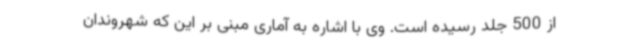
از 500 جلد رسیده است. وی با اشاره به آماری مبنی بر این که شهروندان